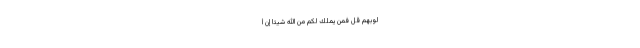
لُوبِهِمْ قُلْ فَمَنْ يَمْلِكُ لَكُمْ مِنَ اللَّهِ شَيْئًا إِنْ أ